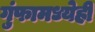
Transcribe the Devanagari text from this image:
गुंफामध्येही